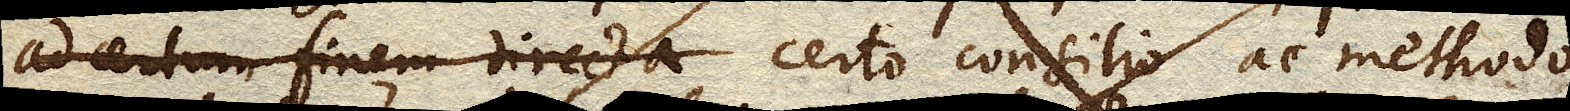
ad certum finem directa non casu, sed certo consilio ac methodo